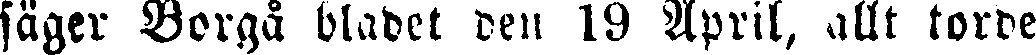
säger Borgå bladet den 19 April, allt torde